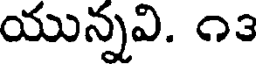
యున్నవి. ౧౩